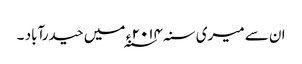
ان سے میری سنہ ۲۰۱۴ ء ؁ میں حیدرآباد ۔